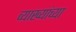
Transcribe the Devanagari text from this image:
व्याख्यांच्या